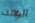
الوقت